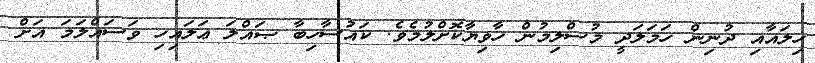
ހިލައާއި ދުނިން ހަމަލަދީ މުސްލިމުން ހާވިޔާކޮށްލުމެވެ. ކައުސާހިބާ ޞައްލަ ޢަލައިހި ވަސައްލަމަ އަށް